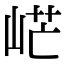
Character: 㟐